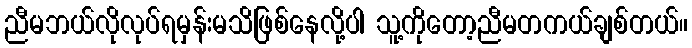
ညီမဘယ်လိုလုပ်ရမှန်းမသိဖြစ်နေလို့ပါ သူ့ကိုတော့ညီမတကယ်ချစ်တယ်။